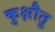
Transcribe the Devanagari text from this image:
कुक्षौतु